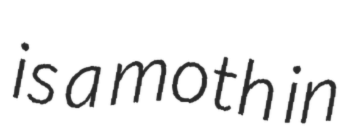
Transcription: is a moth in